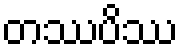
တဿပိဿ